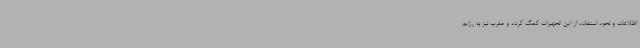
اطلاعات و نحوه استفاده از این تجهیزات کمک کرده و مغرب نیز به رژیم